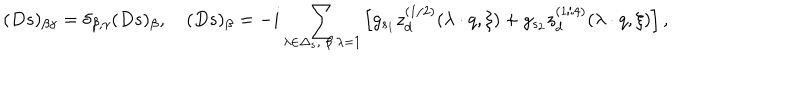
( D s ) _ { \beta \gamma } = \delta _ { \beta , \gamma } ( D s ) _ { \beta } , \quad ( D s ) _ { \beta } = - i \sum _ { \lambda \in \Delta _ { s } , \ \beta \cdot \lambda = 1 } \left[ g _ { s _ { 1 } } z _ { d } ^ { ( 1 / 2 ) } ( \lambda \cdot q , \xi ) + g _ { s _ { 2 } } z _ { d } ^ { ( 1 / 4 ) } ( \lambda \cdot q , \xi ) \right] ,